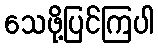
သေဖို့ပြင်ကြပါ